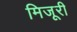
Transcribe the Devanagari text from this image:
मिजूरी